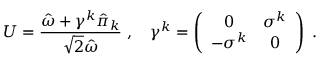
U = { \frac { \hat { \omega } + \gamma ^ { k } \hat { \pi } _ { k } } { \sqrt 2 \hat { \omega } } } \; , \quad \gamma ^ { k } = \left( \begin{array} { c c } { { 0 } } & { { \sigma ^ { k } } } \\ { { - \sigma ^ { k } } } & { { 0 } } \end{array} \right) \; .